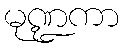
မုဏ္ဍကာ